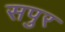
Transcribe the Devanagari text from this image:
सपुर